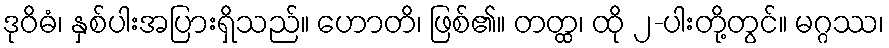
ဒုဝိဓံ၊ နှစ်ပါးအပြားရှိသည်။ ဟောတိ၊ ဖြစ်၏။ တတ္ထ၊ ထို ၂-ပါးတို့တွင်။ မဂ္ဂဿ၊